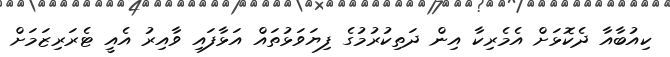
ކިއުބާއާ ދެކޮޅަށް އެމެރިކާ އިން ދަތިކުރުމުގެ ފިޔަވަޅުތައް އަޅާފައި ވާއިރު އެއީ ޓެރަރިޒަމަށް